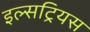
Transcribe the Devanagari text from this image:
इल्सट्रियस